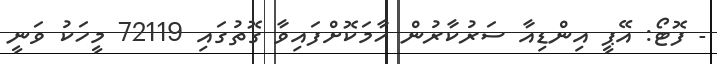
- ފޮޓޯ: އޭޕީ އިންޑިއާ ސަރުކާރުން ހާމަކޮށްފައިވާ ގޮތުގައި 72119 މީހަކު ވަނީ